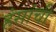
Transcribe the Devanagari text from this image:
हंसांची